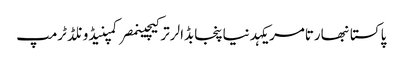
پاکستانبھارتامریکہدنیاپنجابڈالرترکیچینمصرکمپنیڈونلڈ ٹرمپ